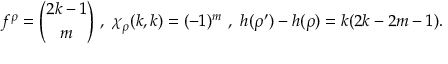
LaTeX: f ^ { \rho } = { \binom { 2 k - 1 } { m } } \ , \ \chi _ { \rho } ( k , k ) = ( - 1 ) ^ { m } \ , \ h ( \rho ^ { \prime } ) - h ( \rho ) = k ( 2 k - 2 m - 1 ) .